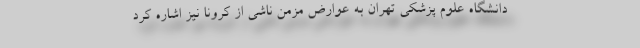
دانشگاه علوم پزشکی تهران به عوارض مزمن ناشی از کرونا نیز اشاره کرد